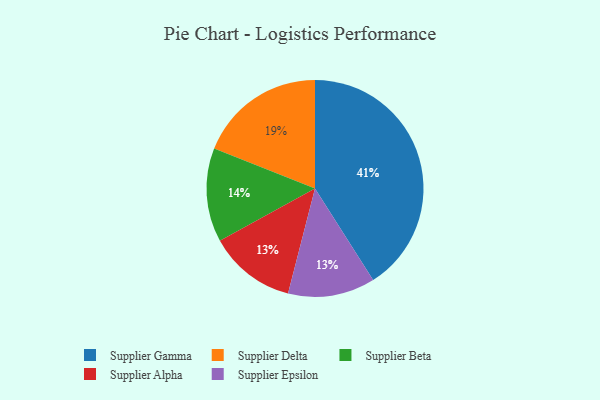
{"axis": {"x": "Category", "y": "Percentage"}, "legend": ["Supplier Alpha", "Supplier Beta", "Supplier Delta", "Supplier Epsilon", "Supplier Gamma"], "data": [{"x": "Supplier Gamma", "y": 41, "type": "Supplier Gamma"}, {"x": "Supplier Beta", "y": 14, "type": "Supplier Beta"}, {"x": "Supplier Alpha", "y": 13, "type": "Supplier Alpha"}, {"x": "Supplier Delta", "y": 19, "type": "Supplier Delta"}, {"x": "Supplier Epsilon", "y": 13, "type": "Supplier Epsilon"}]}